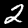
Label: 2